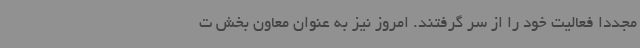
مجدداً فعالیت خود را از سر گرفتند. امروز نیز به عنوان معاون بخش ت